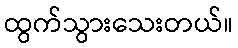
ထွက်သွားသေးတယ်။